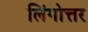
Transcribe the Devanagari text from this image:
लिंगोत्तर